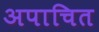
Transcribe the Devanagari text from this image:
अपाचित